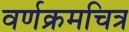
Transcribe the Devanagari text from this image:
वर्णक्रमचित्र